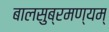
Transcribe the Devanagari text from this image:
बालसुब्रमण्यम्